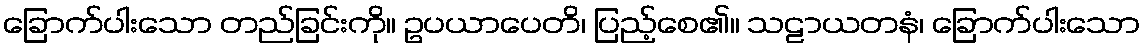
ခြောက်ပါးသော တည်ခြင်းကို။ ဥပယာပေတိ၊ ပြည့်စေ၏။ သဠာယတနံ၊ ခြောက်ပါးသော